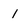
Character: 1